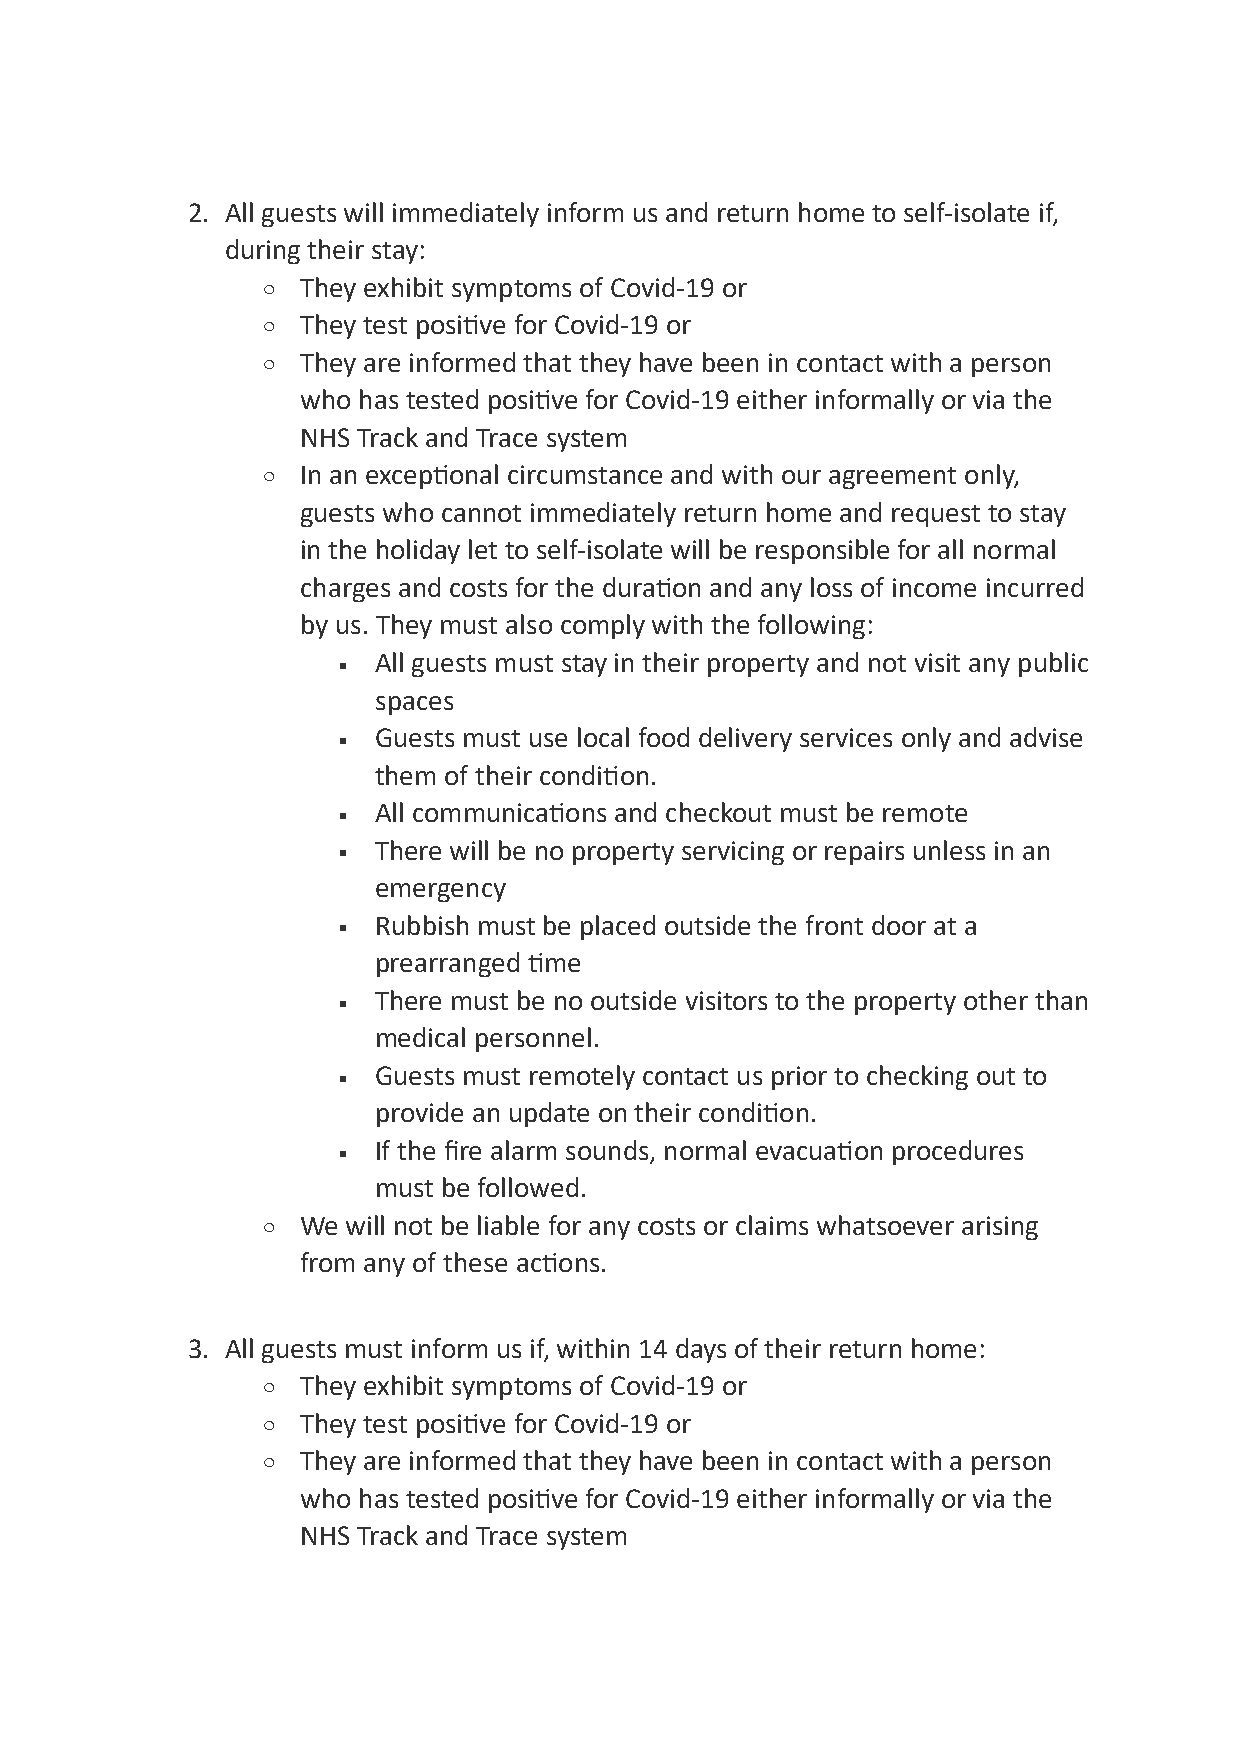
2. All guests will immediately inform us and return home to self-isolate if,
 during their stay:
 o  They exhibit symptoms of Covid-19 or
 o  They test posi<ve for Covid-19 or
 o  They are informed that they have been in contact with a person
 who has tested posi<ve for Covid-19 either informally or via the
 NHS Track and Trace system
 o  In an excep<onal circumstance and with our agreement only,
 guests who cannot immediately return home and request to stay
 in the holiday let to self-isolate will be responsible for all normal
 charges and costs for the dura<on and any loss of income incurred
 by us. They must also comply with the following:
 ▪  All guests must stay in their property and not visit any public
 spaces
 ▪  Guests must use local food delivery services only and advise
 them of their condi<on.
 ▪  All communica<ons and checkout must be remote
 ▪  There will be no property servicing or repairs unless in an
 emergency
 ▪  Rubbish must be placed outside the front door at a
 prearranged <me
 ▪  There must be no outside visitors to the property other than
 medical personnel.
 ▪  Guests must remotely contact us prior to checking out to
 provide an update on their condi<on.
 ▪  If the fire alarm sounds, normal evacua<on procedures
 must be followed.
 o  We will not be liable for any costs or claims whatsoever arising
 from any of these ac<ons.
 3. All guests must inform us if, within 14 days of their return home:
 o  They exhibit symptoms of Covid-19 or
 o  They test posi<ve for Covid-19 or
 o  They are informed that they have been in contact with a person
 who has tested posi<ve for Covid-19 either informally or via the
 NHS Track and Trace system